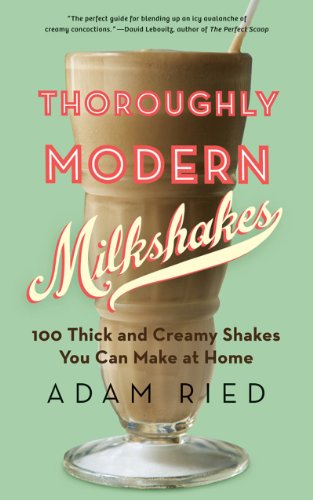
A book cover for Thoroughly Modern Milkshakes: 100 Thick and Creamy Shakes You Can Make At Home; Adam Ried; Cookbooks, Food & Wine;